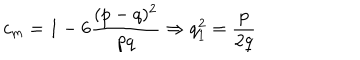
c _ { m } = 1 - 6 \frac { ( p - q ) ^ { 2 } } { p q } \Rightarrow q _ { 1 } ^ { 2 } = \frac { p } { 2 q }